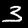
Digit: 3